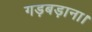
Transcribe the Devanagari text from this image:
गड़बड़ाना।